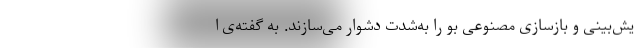
یش‌بینی و بازسازی مصنوعی بو را به‌شدت دشوار می‌سازند. به گفته‌ی ا